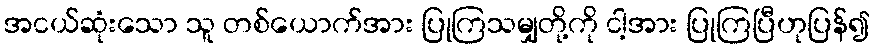
အငယ်ဆုံးသော သူ တစ်ယောက်အား ပြုကြသမျှတို့ကို ငါ့အား ပြုကြပြီဟုပြန်၍